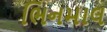
ભિનમાલ